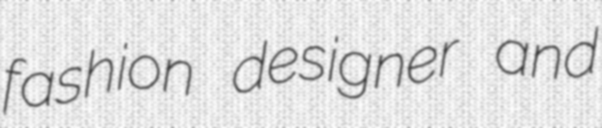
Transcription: fashion designer and